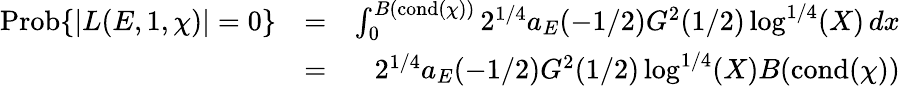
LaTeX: \begin{array}{rlr}{\mathrm{Prob}\{ |L(E,1,\chi)|=0\} }&{=}&{\int_{0}^{B(\mathrm{cond}(\chi))}2^{1/4}a_{E}(-1/2)G^{2}(1/2)\log^{1/4}(X)\, dx}\\ &{=}&{2^{1/4}a_{E}(-1/2)G^{2}(1/2)\log^{1/4}(X)B(\mathrm{cond}(\chi))}\end{array}